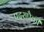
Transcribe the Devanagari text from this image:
पदरापैकी